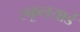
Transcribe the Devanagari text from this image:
स्कूलयार्ड